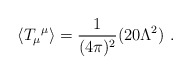
\begin{align*}\langle{T_{\mu}}^{\mu}\rangle=\frac{1}{(4\pi)^{2}}(20\Lambda^{2})\ .\end{align*}